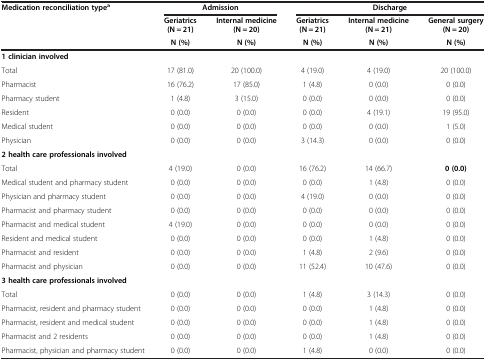
<table><thead><tr><td rowspan="3"><b>Medication reconciliation type<sup>a</sup></b></td><td colspan="2"><b>Admission</b></td><td colspan="3"><b>Discharge</b></td></tr><tr><td><b>Geriatrics (N = 21)</b></td><td><b>Internal medicine (N = 20)</b></td><td><b>Geriatrics (N = 21)</b></td><td><b>Internal medicine (N = 21)</b></td><td><b>General surgery (N = 20)</b></td></tr><tr><td><b>N (%)</b></td><td><b>N (%)</b></td><td><b>N (%)</b></td><td><b>N (%)</b></td><td><b>N (%)</b></td></tr></thead><tbody><tr><td><b>1 clinician involved</b></td><td> </td><td> </td><td> </td><td> </td><td> </td></tr><tr><td>Total</td><td>17 (81.0)</td><td>20 (100.0)</td><td>4 (19.0)</td><td>4 (19.0)</td><td>20 (100.0)</td></tr><tr><td>Pharmacist</td><td>16 (76.2)</td><td>17 (85.0)</td><td>1 (4.8)</td><td>0 (0.0)</td><td>0 (0.0)</td></tr><tr><td>Pharmacy student</td><td>1 (4.8)</td><td>3 (15.0)</td><td>0 (0.0)</td><td>0 (0.0)</td><td>0 (0.0)</td></tr><tr><td>Resident</td><td>0 (0.0)</td><td>0 (0.0)</td><td>0 (0.0)</td><td>4 (19.1)</td><td>19 (95.0)</td></tr><tr><td>Medical student</td><td>0 (0.0)</td><td>0 (0.0)</td><td>0 (0.0)</td><td>0 (0.0)</td><td>1 (5.0)</td></tr><tr><td>Physician</td><td>0 (0.0)</td><td>0 (0.0)</td><td>3 (14.3)</td><td>0 (0.0)</td><td>0 (0.0)</td></tr><tr><td colspan="6"><b>2 health care professionals involved</b></td></tr><tr><td>Total</td><td>4 (19.0)</td><td>0 (0.0)</td><td>16 (76.2)</td><td>14 (66.7)</td><td><b>0 (0.0)</b></td></tr><tr><td>Medical student and pharmacy student</td><td>0 (0.0)</td><td>0 (0.0)</td><td>0 (0.0)</td><td>1 (4.8)</td><td>0 (0.0)</td></tr><tr><td>Physician and pharmacy student</td><td>0 (0.0)</td><td>0 (0.0)</td><td>4 (19.0)</td><td>0 (0.0)</td><td>0 (0.0)</td></tr><tr><td>Pharmacist and pharmacy student</td><td>0 (0.0)</td><td>0 (0.0)</td><td>0 (0.0)</td><td>0 (0.0)</td><td>0 (0.0)</td></tr><tr><td>Pharmacist and medical student</td><td>4 (19.0)</td><td>0 (0.0)</td><td>0 (0.0)</td><td>0 (0.0)</td><td>0 (0.0)</td></tr><tr><td>Resident and medical student</td><td>0 (0.0)</td><td>0 (0.0)</td><td>0 (0.0)</td><td>1 (4.8)</td><td>0 (0.0)</td></tr><tr><td>Pharmacist and resident</td><td>0 (0.0)</td><td>0 (0.0)</td><td>1 (4.8)</td><td>2 (9.6)</td><td>0 (0.0)</td></tr><tr><td>Pharmacist and physician</td><td>0 (0.0)</td><td>0 (0.0)</td><td>11 (52.4)</td><td>10 (47.6)</td><td>0 (0.0)</td></tr><tr><td colspan="6"><b>3 health care professionals involved</b></td></tr><tr><td>Total</td><td>0 (0.0)</td><td>0 (0.0)</td><td>1 (4.8)</td><td>3 (14.3)</td><td>0 (0.0)</td></tr><tr><td>Pharmacist, resident and pharmacy student</td><td>0 (0.0)</td><td>0 (0.0)</td><td>0 (0.0)</td><td>1 (4.8)</td><td>0 (0.0)</td></tr><tr><td>Pharmacist, resident and medical student</td><td>0 (0.0)</td><td>0 (0.0)</td><td>0 (0.0)</td><td>1 (4.8)</td><td>0 (0.0)</td></tr><tr><td>Pharmacist and 2 residents</td><td>0 (0.0)</td><td>0 (0.0)</td><td>0 (0.0)</td><td>1 (4.8)</td><td>0 (0.0)</td></tr><tr><td>Pharmacist, physician and pharmacy student</td><td>0 (0.0)</td><td>0 (0.0)</td><td>1 (4.8)</td><td>0 (0.0)</td><td>0 (0.0)</td></tr></tbody></table>